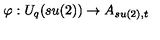
\varphi : U _ { q } ( s u ( 2 ) ) \rightarrow A _ { s u ( 2 ) , t }